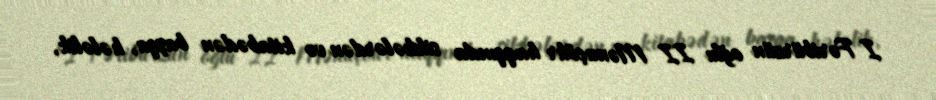
I Fəribürzün oğlu II Mənuçöhr haqqında sikkələrdən və kitabədən başqa, hələlik,